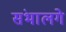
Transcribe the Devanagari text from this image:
संभालगे